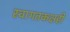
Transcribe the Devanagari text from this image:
स्वागतकक्षही